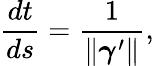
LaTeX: {\frac{dt}{ds}}={\frac{1}{\| {\boldsymbol{\gamma}}^{\prime}\| }},